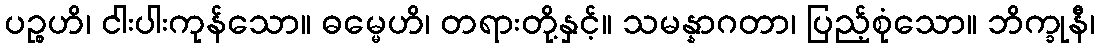
ပဉ္စဟိ၊ ငါးပါးကုန်သော။ ဓမ္မေဟိ၊ တရားတို့နှင့်။ သမန္နာဂတာ၊ ပြည့်စုံသော။ ဘိက္ခုနီ၊